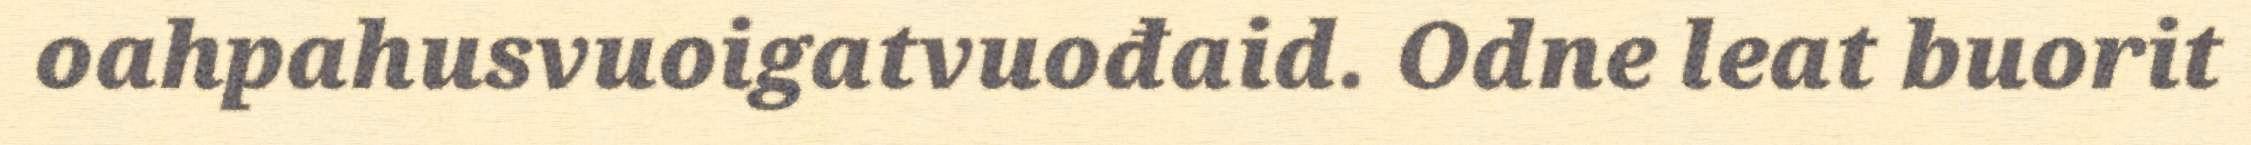
oahpahusvuoigatvuođaid. Odne leat buorit